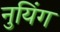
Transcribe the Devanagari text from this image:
नुयिंग